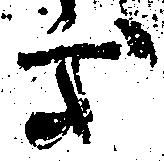
処